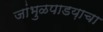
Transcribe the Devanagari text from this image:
जांभुळपाडय़ाचा